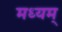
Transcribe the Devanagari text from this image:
मध्यम्